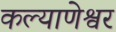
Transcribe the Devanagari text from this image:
कल्याणेश्वर